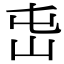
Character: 𡵭